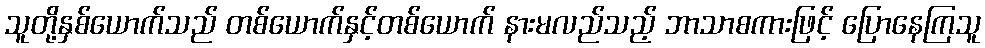
သူတို့နှစ်ယောက်သည် တစ်ယောက်နှင့်တစ်ယောက် နားမလည်သည့် ဘာသာစကားဖြင့် ပြောနေကြသူ